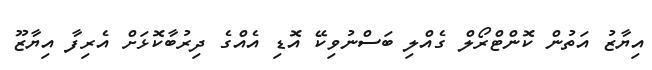
އިޔާޒު އަތުން ކޮންޓްރޯލް ގެއްލި ބަސްނުވިކޭ އޮޑި އެއްގެ ދިރުބާކޮޅަށް އެރިފާ އިޔާޒޫ